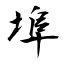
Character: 埠